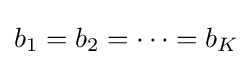
b_{1}=b_{2}=\cdots =b_{K}